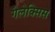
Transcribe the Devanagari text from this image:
गैलेक्सिस